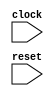
module TLXbar_8(
  input   clock,
  input   reset
);
endmodule